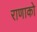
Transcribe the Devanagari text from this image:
राणाको